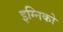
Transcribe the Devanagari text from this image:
इग्निको